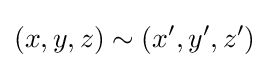
(x,y,z)\sim (x',y',z')